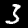
Digit: 3